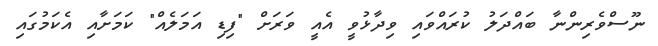
ނޫސްވެރިންނާ ބައްދަލު ކުރައްވައި ވިދާޅުވީ އެއީ ވަރަށް "ފިޑި އަމަލެއް" ކަމަށާއި އެކަމުގައި